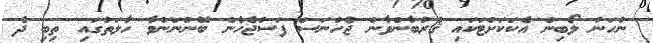
ނުހަނު ލޯބިން އެކަކަށްޓަކައި ޤުރުބާންވާން ޖެހުނަސް ފަސްޖެހެން ބޭނުންނުވާ ހާލަތުގައި ތިބި ދެ